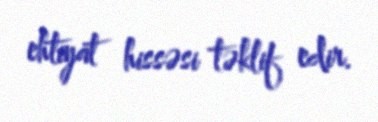
ehtiyat hissəsi təklif edir.